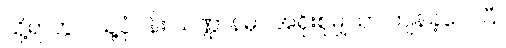
သို့ရာတွင် သူ့ပုံပန်း သဏ္ဌာန်မှာ အရိုးစုမျှသာ ကျန်ခဲ့လေပြီ။